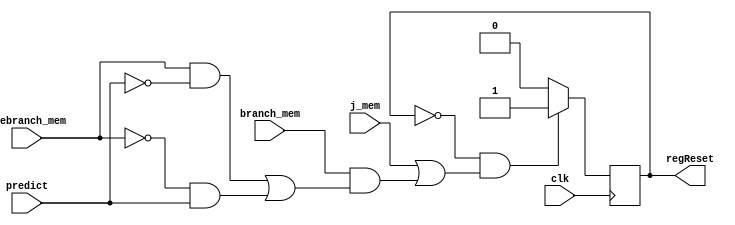
module Control_hazar320(
    input clk,
    input [3:0] j_mem,
    input  usebranch_mem,
    input[5:0] branch_mem,
    input predict,
    output reg regReset
);

initial begin
    regReset=0;
end


always @(negedge clk) begin
    if(regReset==0&&(j_mem || branch_mem&&((usebranch_mem&&predict==0) || (usebranch_mem==0&&predict)) ) ) begin //j    
        regReset=1;
        $display("--------handle contrl hazar--------");
    end
    else begin
        regReset=0;
    end
end

endmodule